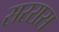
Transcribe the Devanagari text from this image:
सररास